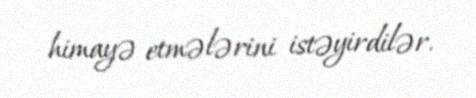
himayə etmələrini istəyirdilər.